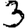
Digit: 3